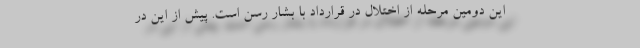
این دومین مرحله از اختلال در قرارداد با بشار رسن است. پیش از این در